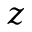
z